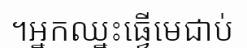
។អ្នកឈ្នះធ្វើមេជាប់